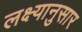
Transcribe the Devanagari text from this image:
लक्ष्यानुसार